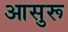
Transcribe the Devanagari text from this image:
आसुरू